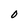
Character: O